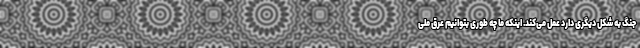
جنگ به شکل دیگری دارد عمل می‌کند. اینکه ما چه طوری بتوانیم عِرق ملی